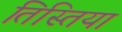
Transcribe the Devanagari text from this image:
तिस्तिया